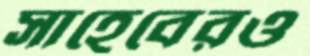
সাহেবেরও